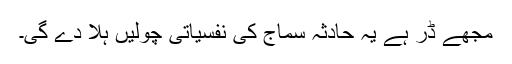
مجھے ڈر ہے یہ حادثہ سماج کی نفسیاتی چولیں ہلا دے گی۔